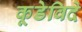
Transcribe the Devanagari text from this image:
कूडेविदे